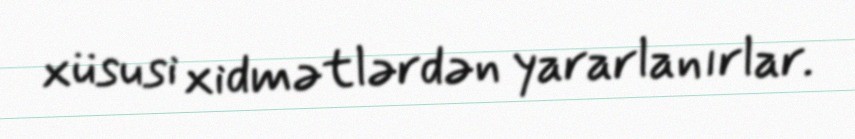
xüsusi xidmətlərdən yararlanırlar.